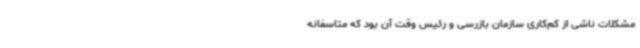
مشکلات ناشی از کم‌کاری سازمان بازرسی و رئیس وقت آن بود که متاسفانه